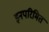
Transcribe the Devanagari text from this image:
इनपरिमित